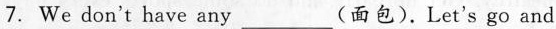
7.We don't have any___(面包).Let's go and